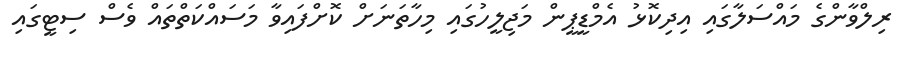
ރިލްވާންގެ މައްސަލާގައި އިދިކޮޅު އެމްޑީޕީން މަޖިލީހުގައި މިހާތަނަށް ކޮށްފައިވާ މަސައްކަތްތައް ވެސް ސިޓީގައި